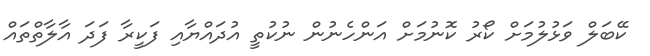
ކޭބަލް ވަޅުލުމަށް ކޯރު ކޮނުމަށް އަންހެނުން ނުކުތީ އުދައްޔާއި ފަކީރާ ފަދަ އާލާތްތައް